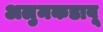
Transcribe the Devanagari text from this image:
अलुमकडावू